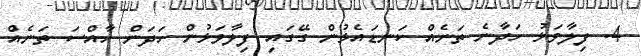
4. ފިލާވަޅު ހަދާނެ ތަނެއް ކަނޑައެޅުން ގޭގައި ފިލާވަޅުން ހަދަން ހާއްސަ ތަނެއް